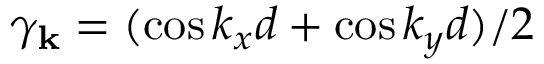
\gamma _ { \bf k } = ( \cos k _ { x } d + \cos k _ { y } d ) / 2